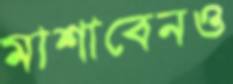
মাশাবেনও